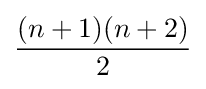
{\frac {(n+1)(n+2)}{2}}